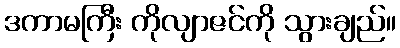
ဒကာမကြီး ကိုလျာဇင်ကို သွားချည်။